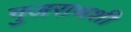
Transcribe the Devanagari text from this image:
गुजराथशी